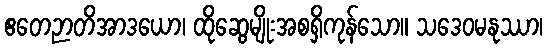
ဧတေဉာတိအာဒယော၊ ထိုဆွေမျိုးအစရှိကုန်သော။ သဒေဝမနုဿာ၊